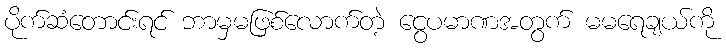
ပိုက်ဆံတောင်းရင် ဘာမှမဖြစ်လောက်တဲ့ ငွေပမာဏအတွက် မမရေချယ်ကို